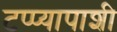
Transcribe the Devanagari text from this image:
टप्प्यापाशी